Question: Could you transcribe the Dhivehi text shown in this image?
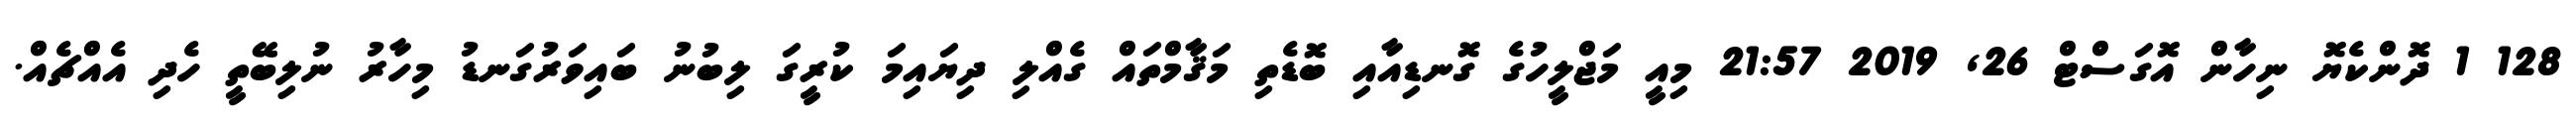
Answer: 128 1 ދޮންކެޔޮ ނިހާން އޮގަސްޓް 26, 2019 21:57 މިއީ މަޖްލީހުގެ ގޮނޑިއާއި ބޮޑެތި މަޤާމްތައް ގެއްލި ދިޔައިމަ ކުރީގަ ލިބުނު ބައިވަރުގަނޑު މިހާރު ނުލިބޭތީ ހެދި އެއްޗެއް.